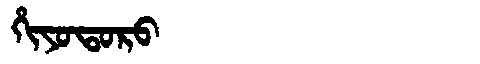
Manchu: ᡥᡳᠶᠣᡨᠣᡵᠣ
Romanization: HIYOTORO